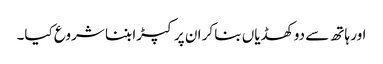
اور ہاتھ سے دو کھڈیاں بنا کر ان پر کپڑا بننا شروع کیا۔